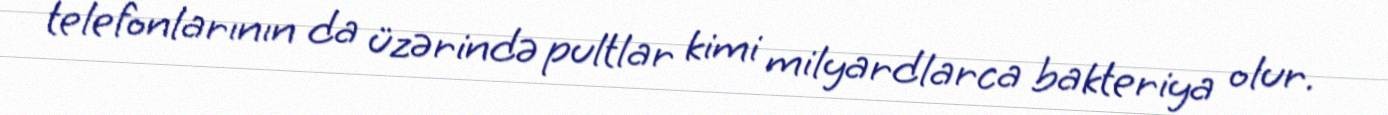
telefonlarının da üzərində pultlar kimi milyardlarca bakteriya olur.